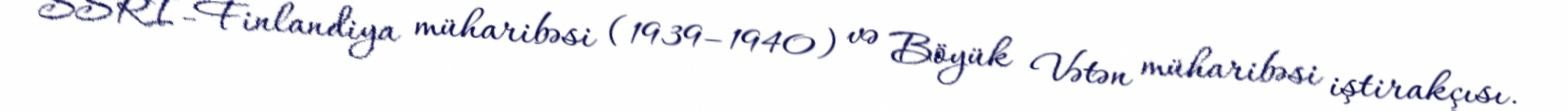
SSRİ-Finlandiya müharibəsi (1939–1940) və Böyük Vətən müharibəsi iştirakçısı.